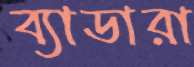
ব্যাডারা